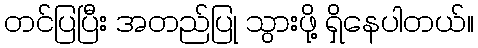
တင်ပြပြီး အတည်ပြု သွားဖို့ ရှိနေပါတယ်။